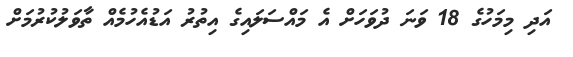
އަދި މިމަހުގެ 18 ވަނަ ދުވަހަށް އެ މައްސަލައިގެ އިތުރު އަޑުއެހުމެއް ތާވަލުކުރުމަށް